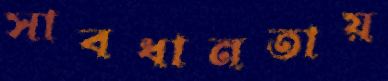
সাবধানতায়